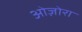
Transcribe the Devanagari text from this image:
ओज़ोरा